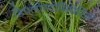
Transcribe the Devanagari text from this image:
डिपलोस्टोमियेसिस